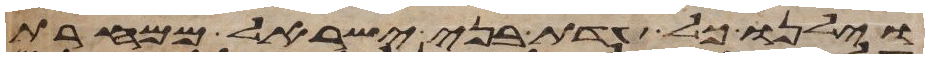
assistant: וילנו כל עדת בני ישראל ממחרת